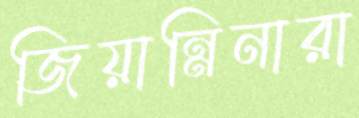
জিয়ান্নিনারা